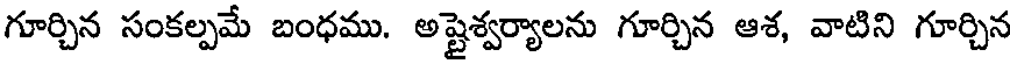
గూర్చిన సంకల్పమే బంధము. అష్టైశ్వర్యాలను గూర్చిన ఆశ, వాటిని గూర్చిన